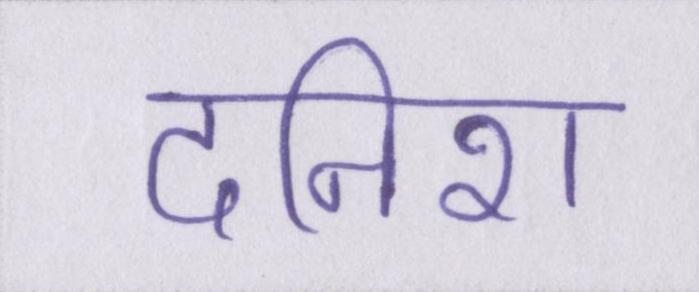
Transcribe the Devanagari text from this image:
दनिश